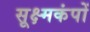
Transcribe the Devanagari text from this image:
सूक्ष्मकंपों